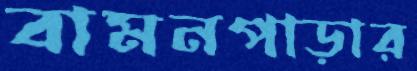
বামনপাড়ার